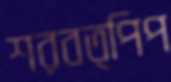
শরবত্পিপ